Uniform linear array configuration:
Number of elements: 24
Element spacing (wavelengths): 1
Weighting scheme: blackman
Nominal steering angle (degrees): -30
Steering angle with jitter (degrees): -29.666
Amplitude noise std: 0.05
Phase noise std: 0.05

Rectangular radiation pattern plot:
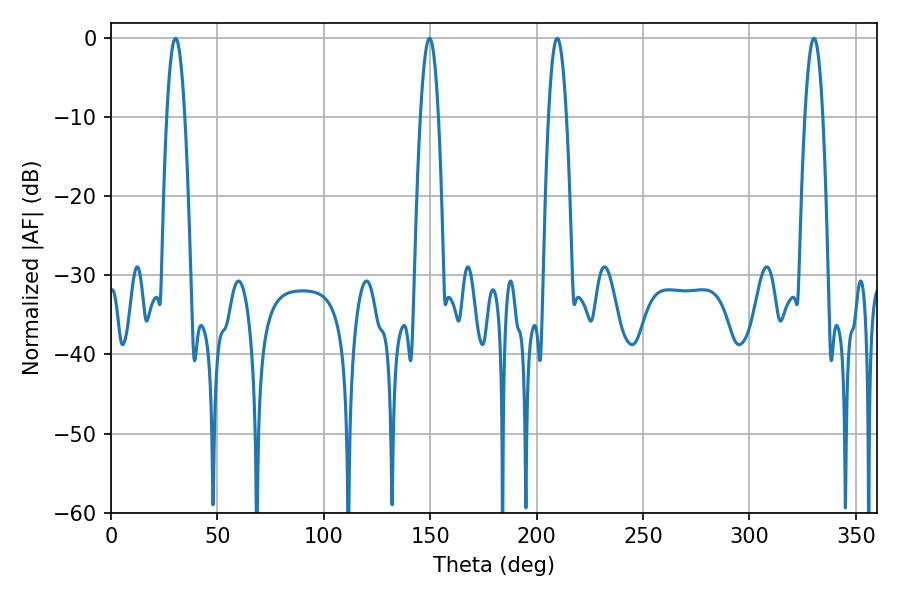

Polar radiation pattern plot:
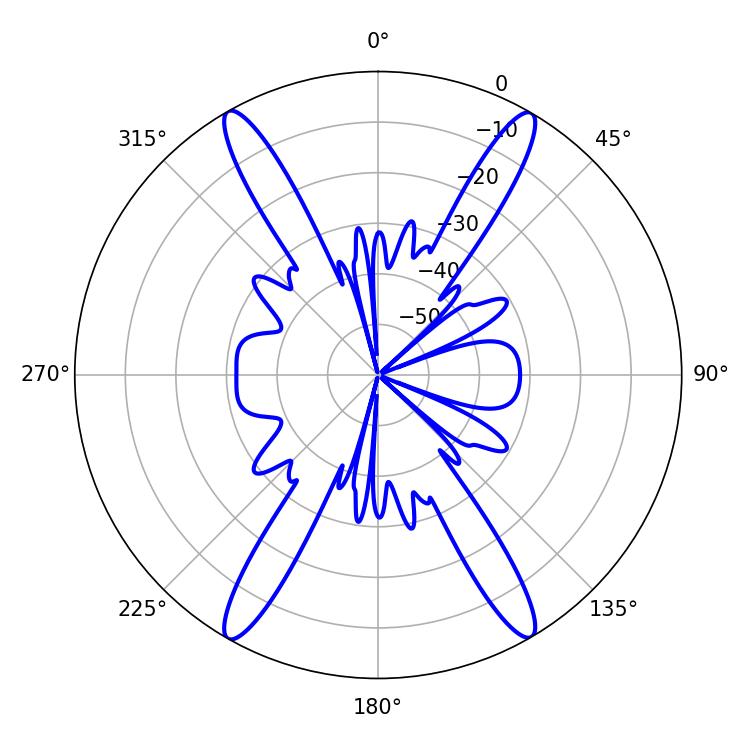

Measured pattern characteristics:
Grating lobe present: TRUE
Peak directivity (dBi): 29.774
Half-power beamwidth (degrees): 4.68
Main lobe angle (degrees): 209.7